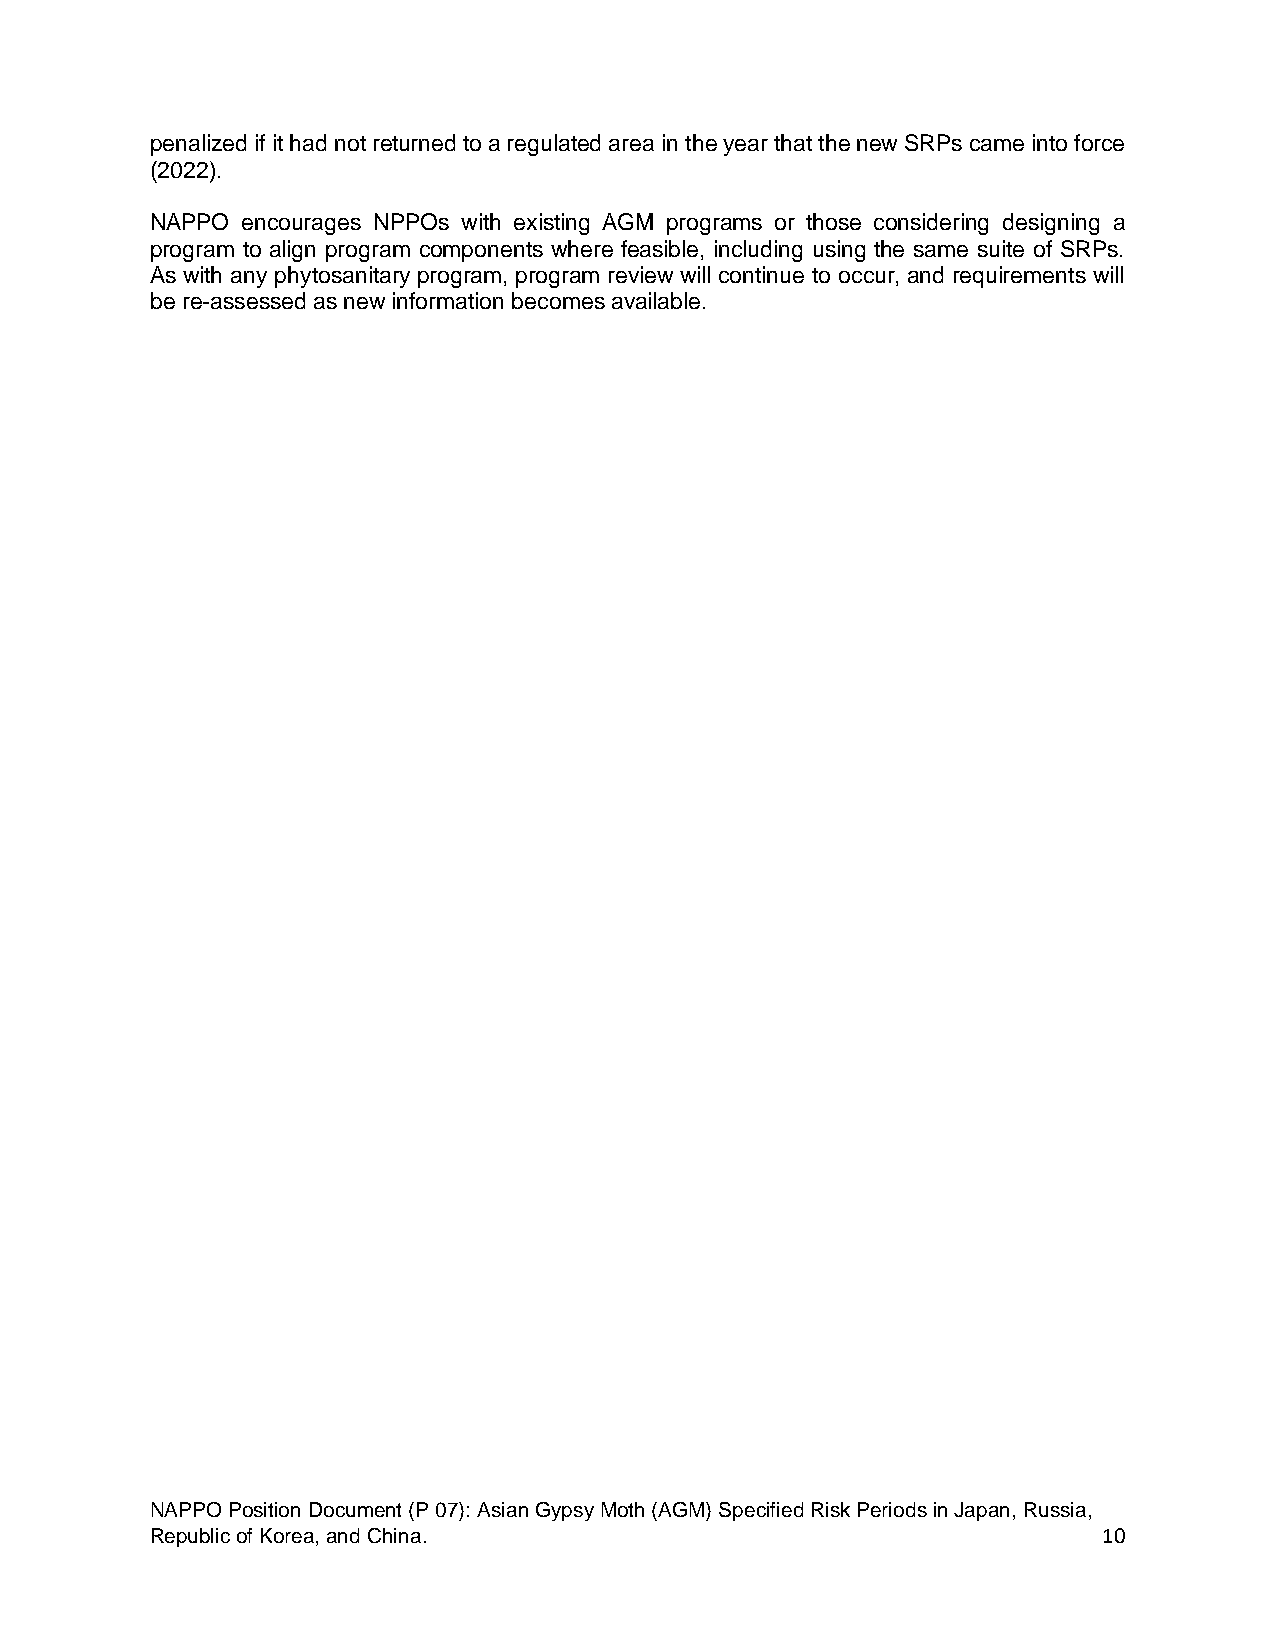
penalized if it had not returned to a regulated area in the year that the new SRPs came into force
 (2022).
 NAPPO encourages NPPOs with existing AGM programs or those considering designing a
 program to align program components where feasible, including using the same suite of SRPs.
 As with any phytosanitary program, program review will continue to occur, and requirements will
 be re-assessed as new information becomes available.
 NAPPO Position Document (P 07): Asian Gypsy Moth (AGM) Specified Risk Periods in Japan, Russia,
 Republic of Korea, and China.                                  10